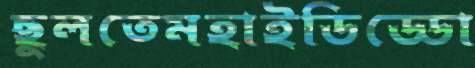
ছুলতেমহাইডিড্ডো